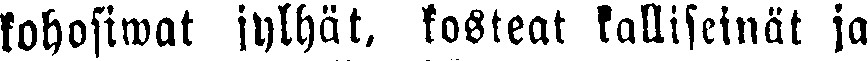
kohosiwat jylhät, kosteat kalliseinät ja